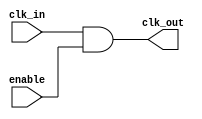
module clock_gate (
    input wire clk_in,          // Global clock input
    input wire enable,          // Enable signal (gating control)
    output wire clk_out         // Gated clock output
);

    assign clk_out = clk_in & enable; // Clock gating logic

endmodule